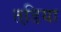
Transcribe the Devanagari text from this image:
तडि़या